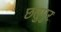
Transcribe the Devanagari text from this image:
छतुपुर